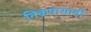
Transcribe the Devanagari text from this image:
निकषासाठी